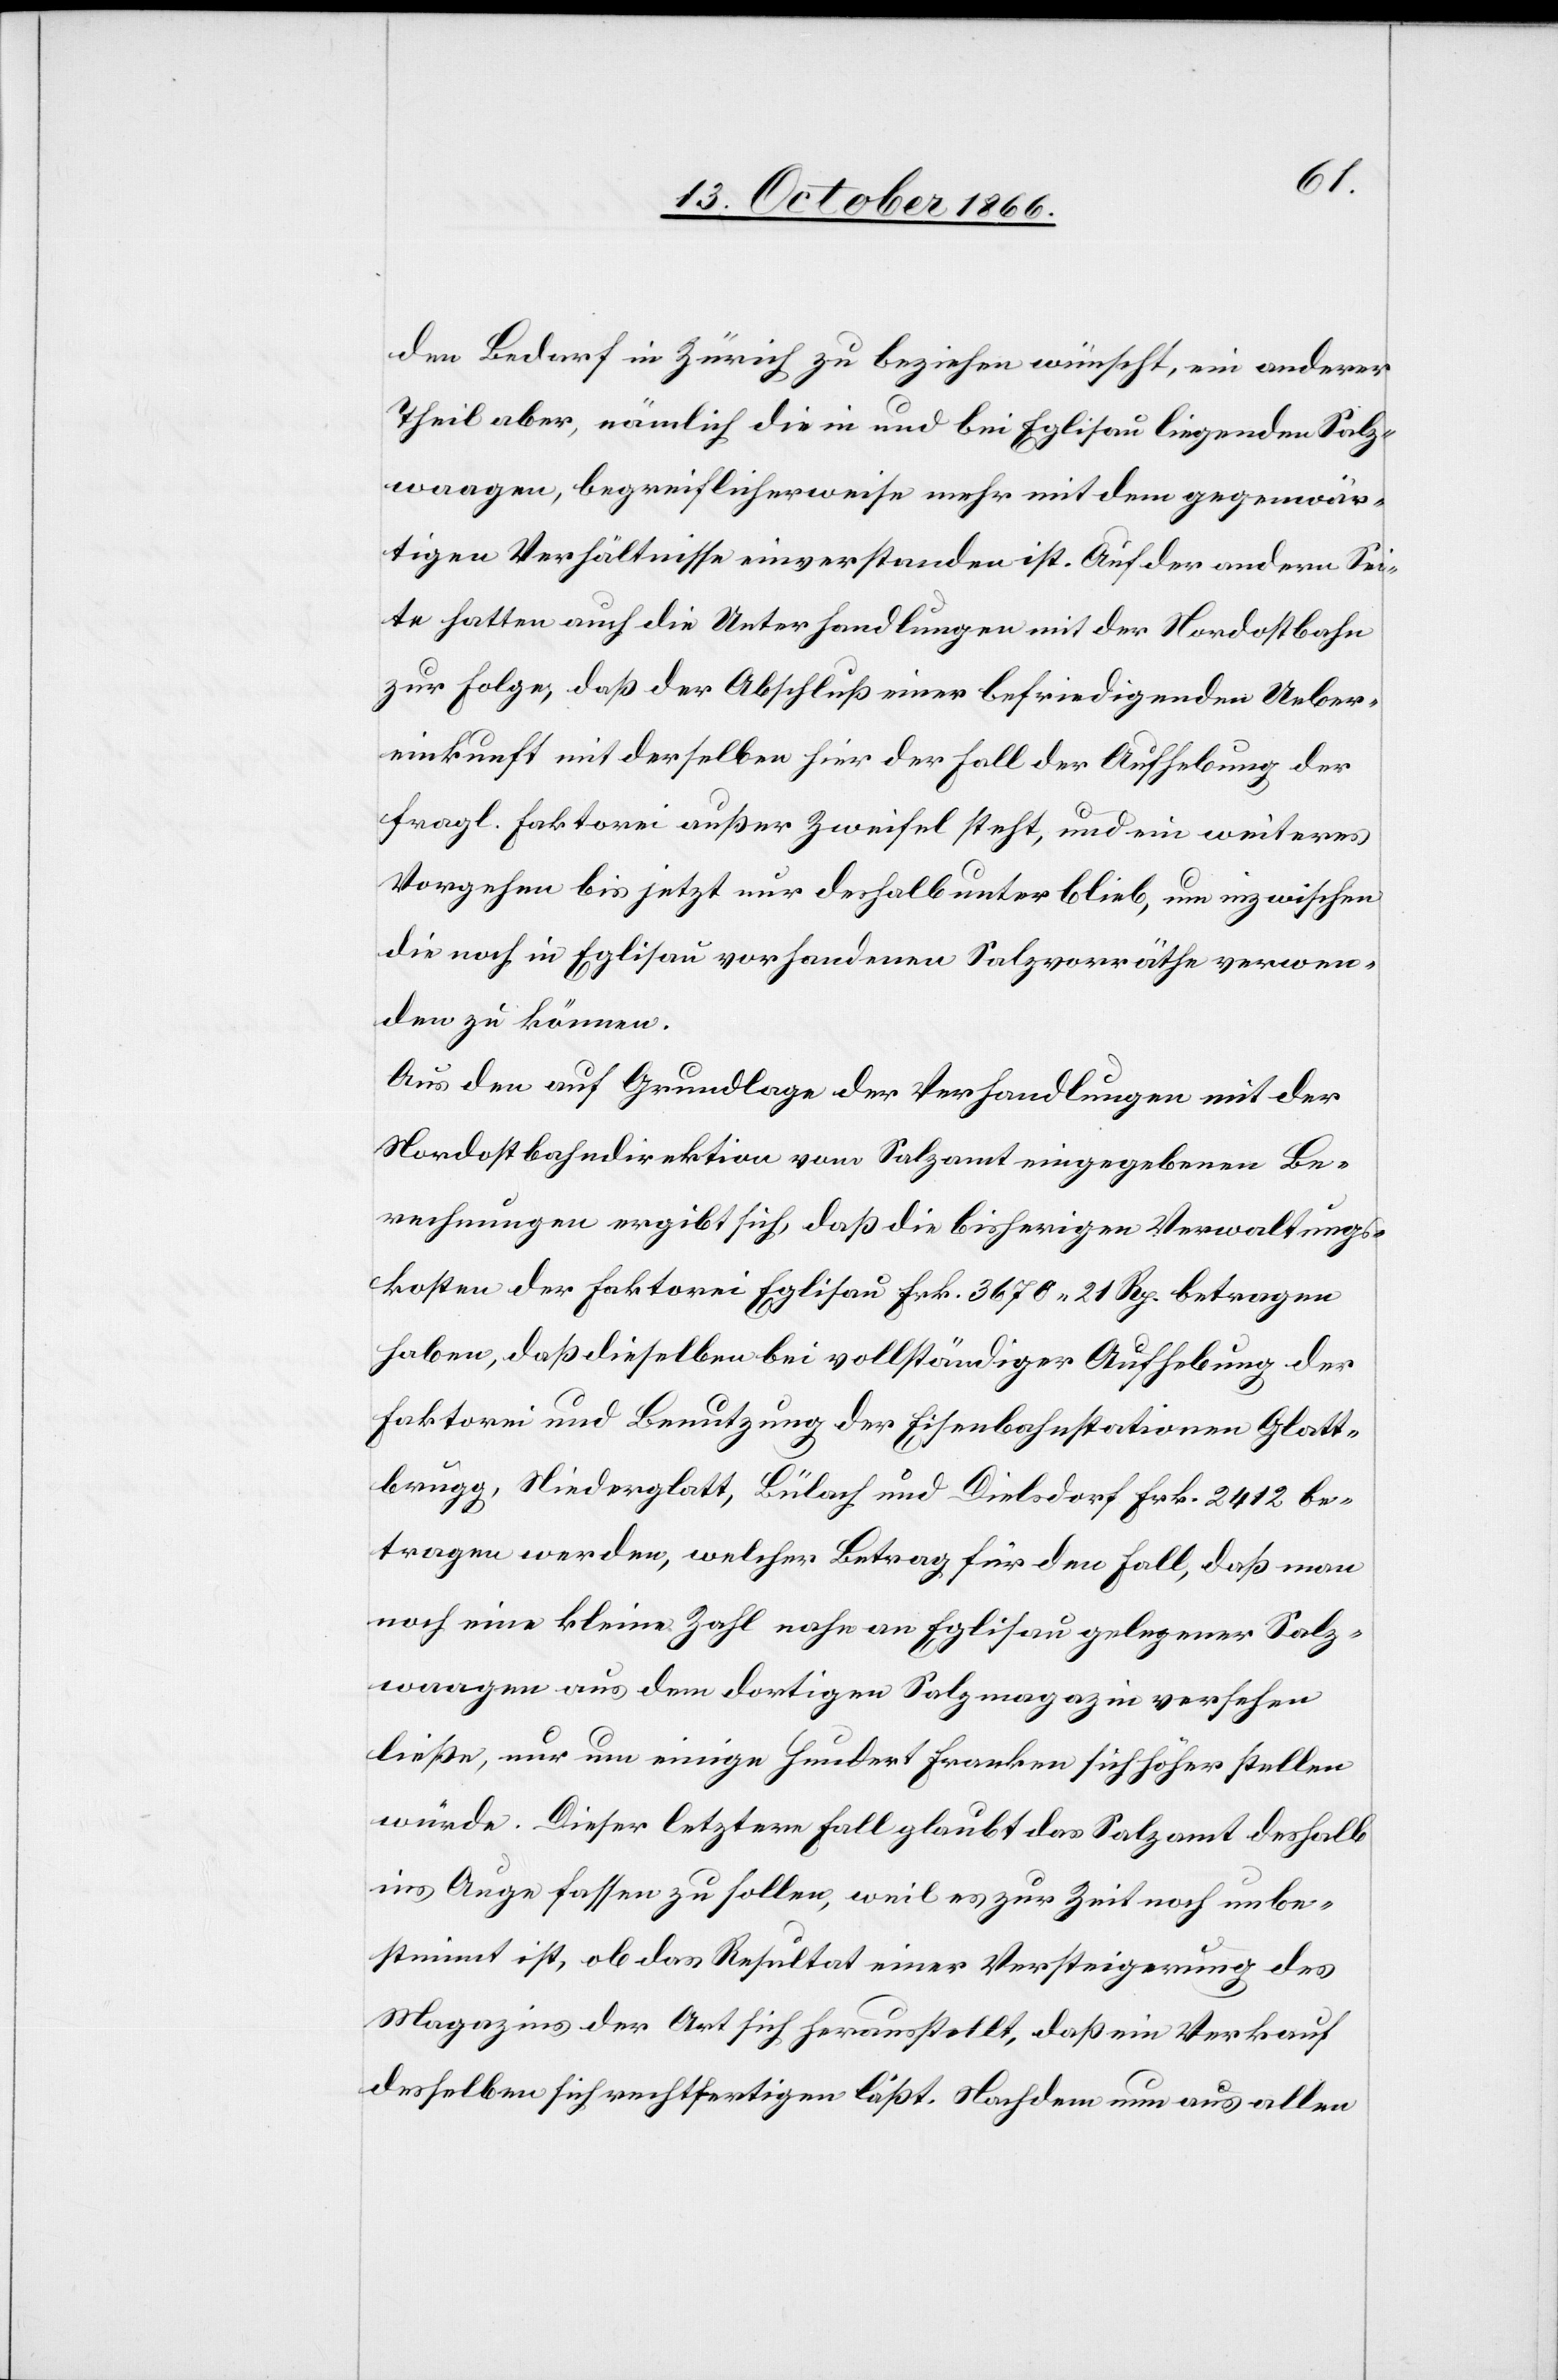
den Bedarf in Zürich zu beziehen wünscht, ein anderer
Theil aber, nämlich die in und bei Eglisau liegenden Salz¬
waagen, begreiflicherweise mehr mit dem gegenwär¬
tigen Verhältnisse einverstanden ist. Auf der andern Sei¬
te hatten auch die Unterhandlungen mit der Nordostbahn
zur Folge, daß der Abschluß einer befriedigenden Ueber¬
einkunft mit derselben hier der Fall der Aufhebung der
fragl. Faktorei außer Zweifel steht, und ein weiteres
Vorgehen bis jetzt nur deshalb unterblieb, um inzwischen
die noch in Eglisau vorhandenen Salzvorräthe verwen¬
den zu können.
Aus den auf Grundlage der Verhandlungen mit der
Nordostbahndirektion vom Salzamt eingegebenen Be¬
rechnungen ergibt sich, daß die bisherigen Verwaltungs¬
kosten der Faktorei Eglisau Frk. 3670.21 Rp. betragen
haben, daß dieselben bei vollständiger Aufhebung der
Faktorei und Benutzung der Eisenbahnstationen Glatt¬
brugg, Niederglatt, Bülach und Dielsdorf Frk. 2412 be¬
tragen werden, welcher Betrag für den Fall, daß man
noch eine kleine Zahl nahe an Eglisau gelegener Salz¬
waagen aus dem dortigen Salzmagazin versehen
ließe, nur um einige hundert Franken sich höher stellen
würde. Dieser letztere Fall glaubt das Salzamt deshalb
ins Auge fassen zu sollen, weil es zur Zeit noch unbe¬
stimmt ist, ob das Resultat einer Versteigerung des
Magazins der Art sich herausstellt, daß ein Verkauf
desselben sich rechtfertigen läßt. Nachdem nun aus allen